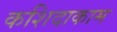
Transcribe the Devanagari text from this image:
कशिदाकाम